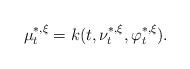
LaTeX: \begin{align*}\mu_t^{*,\xi}=k(t,\nu_t^{*,\xi},\varphi_t^{*,\xi}).\end{align*}